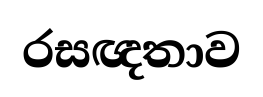
රසඥතාව